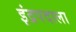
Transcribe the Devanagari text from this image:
इंद्रपदाला